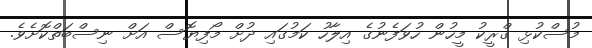
މުސްކުޅި ގްރީކު މީހުން ހުވަފެނުގެ އިލާހު ކަމުގައި ދުށް މޯފިޔޮސް އަށް ނިސްބަތްކޮށެވެ.